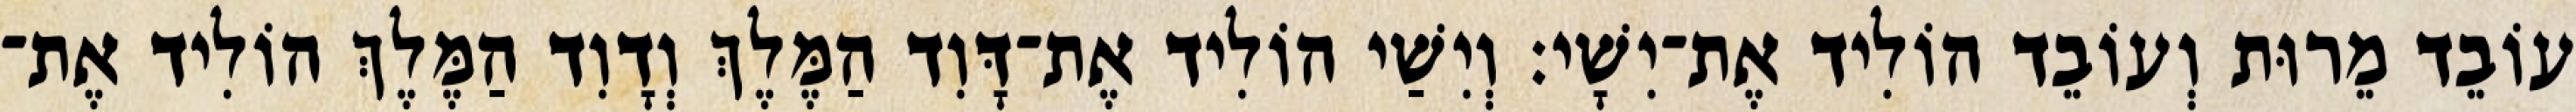
עוֹבֵד מֵרוּת וְעוֹבֵד הוֹלִיד אֶת־יִשָׁי׃ וְיִשַׁי הוֹלִיד אֶת־דָּוִד הַמֶּלֶךְ וְדָוִד הַמֶּלֶךְ הוֹלִיד אֶת־